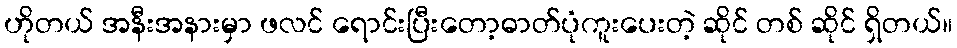
ဟိုတယ် အနီးအနားမှာ ဖလင် ရောင်းပြီးတော့ဓာတ်ပုံကူးပေးတဲ့ ဆိုင် တစ် ဆိုင် ရှိတယ်။